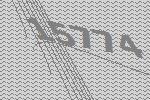
15774